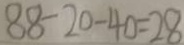
8 8 - 2 0 - 4 0 = 2 8